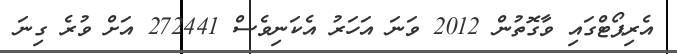
އެރިޕޯޓްގައި ވާގޮތުން 2012 ވަނަ އަހަރު އެކަނިވެސް 272441 އަށް ވުރެ ގިނަ